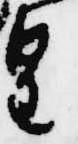
皇